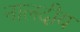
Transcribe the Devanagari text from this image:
नालदीय